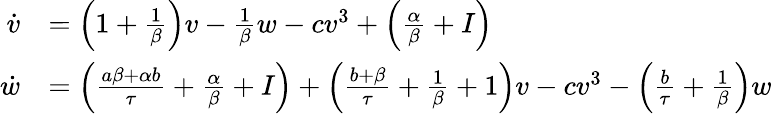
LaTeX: \begin{array}{rl}{\dot{v}}&{=\Big(1+\frac{1}{\beta}\Big)v-\frac{1}{\beta}w-cv^{3}+\Big(\frac{\alpha}{\beta}+I\Big)}\\ {\dot{w}}&{=\Big(\frac{a\beta+\alpha b}{\tau}+\frac{\alpha}{\beta}+I\Big)+\Big(\frac{b+\beta}{\tau}+\frac{1}{\beta}+1\Big)v-cv^{3}-\Big(\frac{b}{\tau}+\frac{1}{\beta}\Big)w}\end{array}